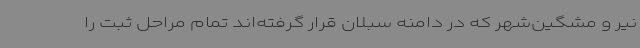
نیر و مشگین‌شهر که در دامنه سبلان قرار گرفته‌اند تمام مراحل ثبت را